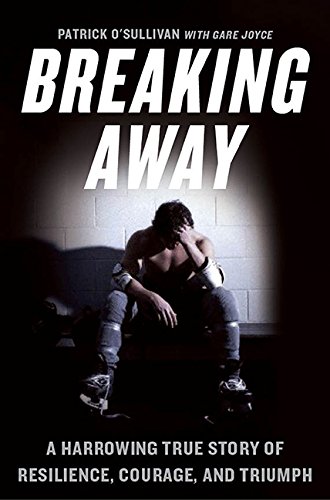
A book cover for Breaking Away: A Harrowing True Story of Resilience, Courage, and Triumph; Patrick O'Sullivan; Biographies & Memoirs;